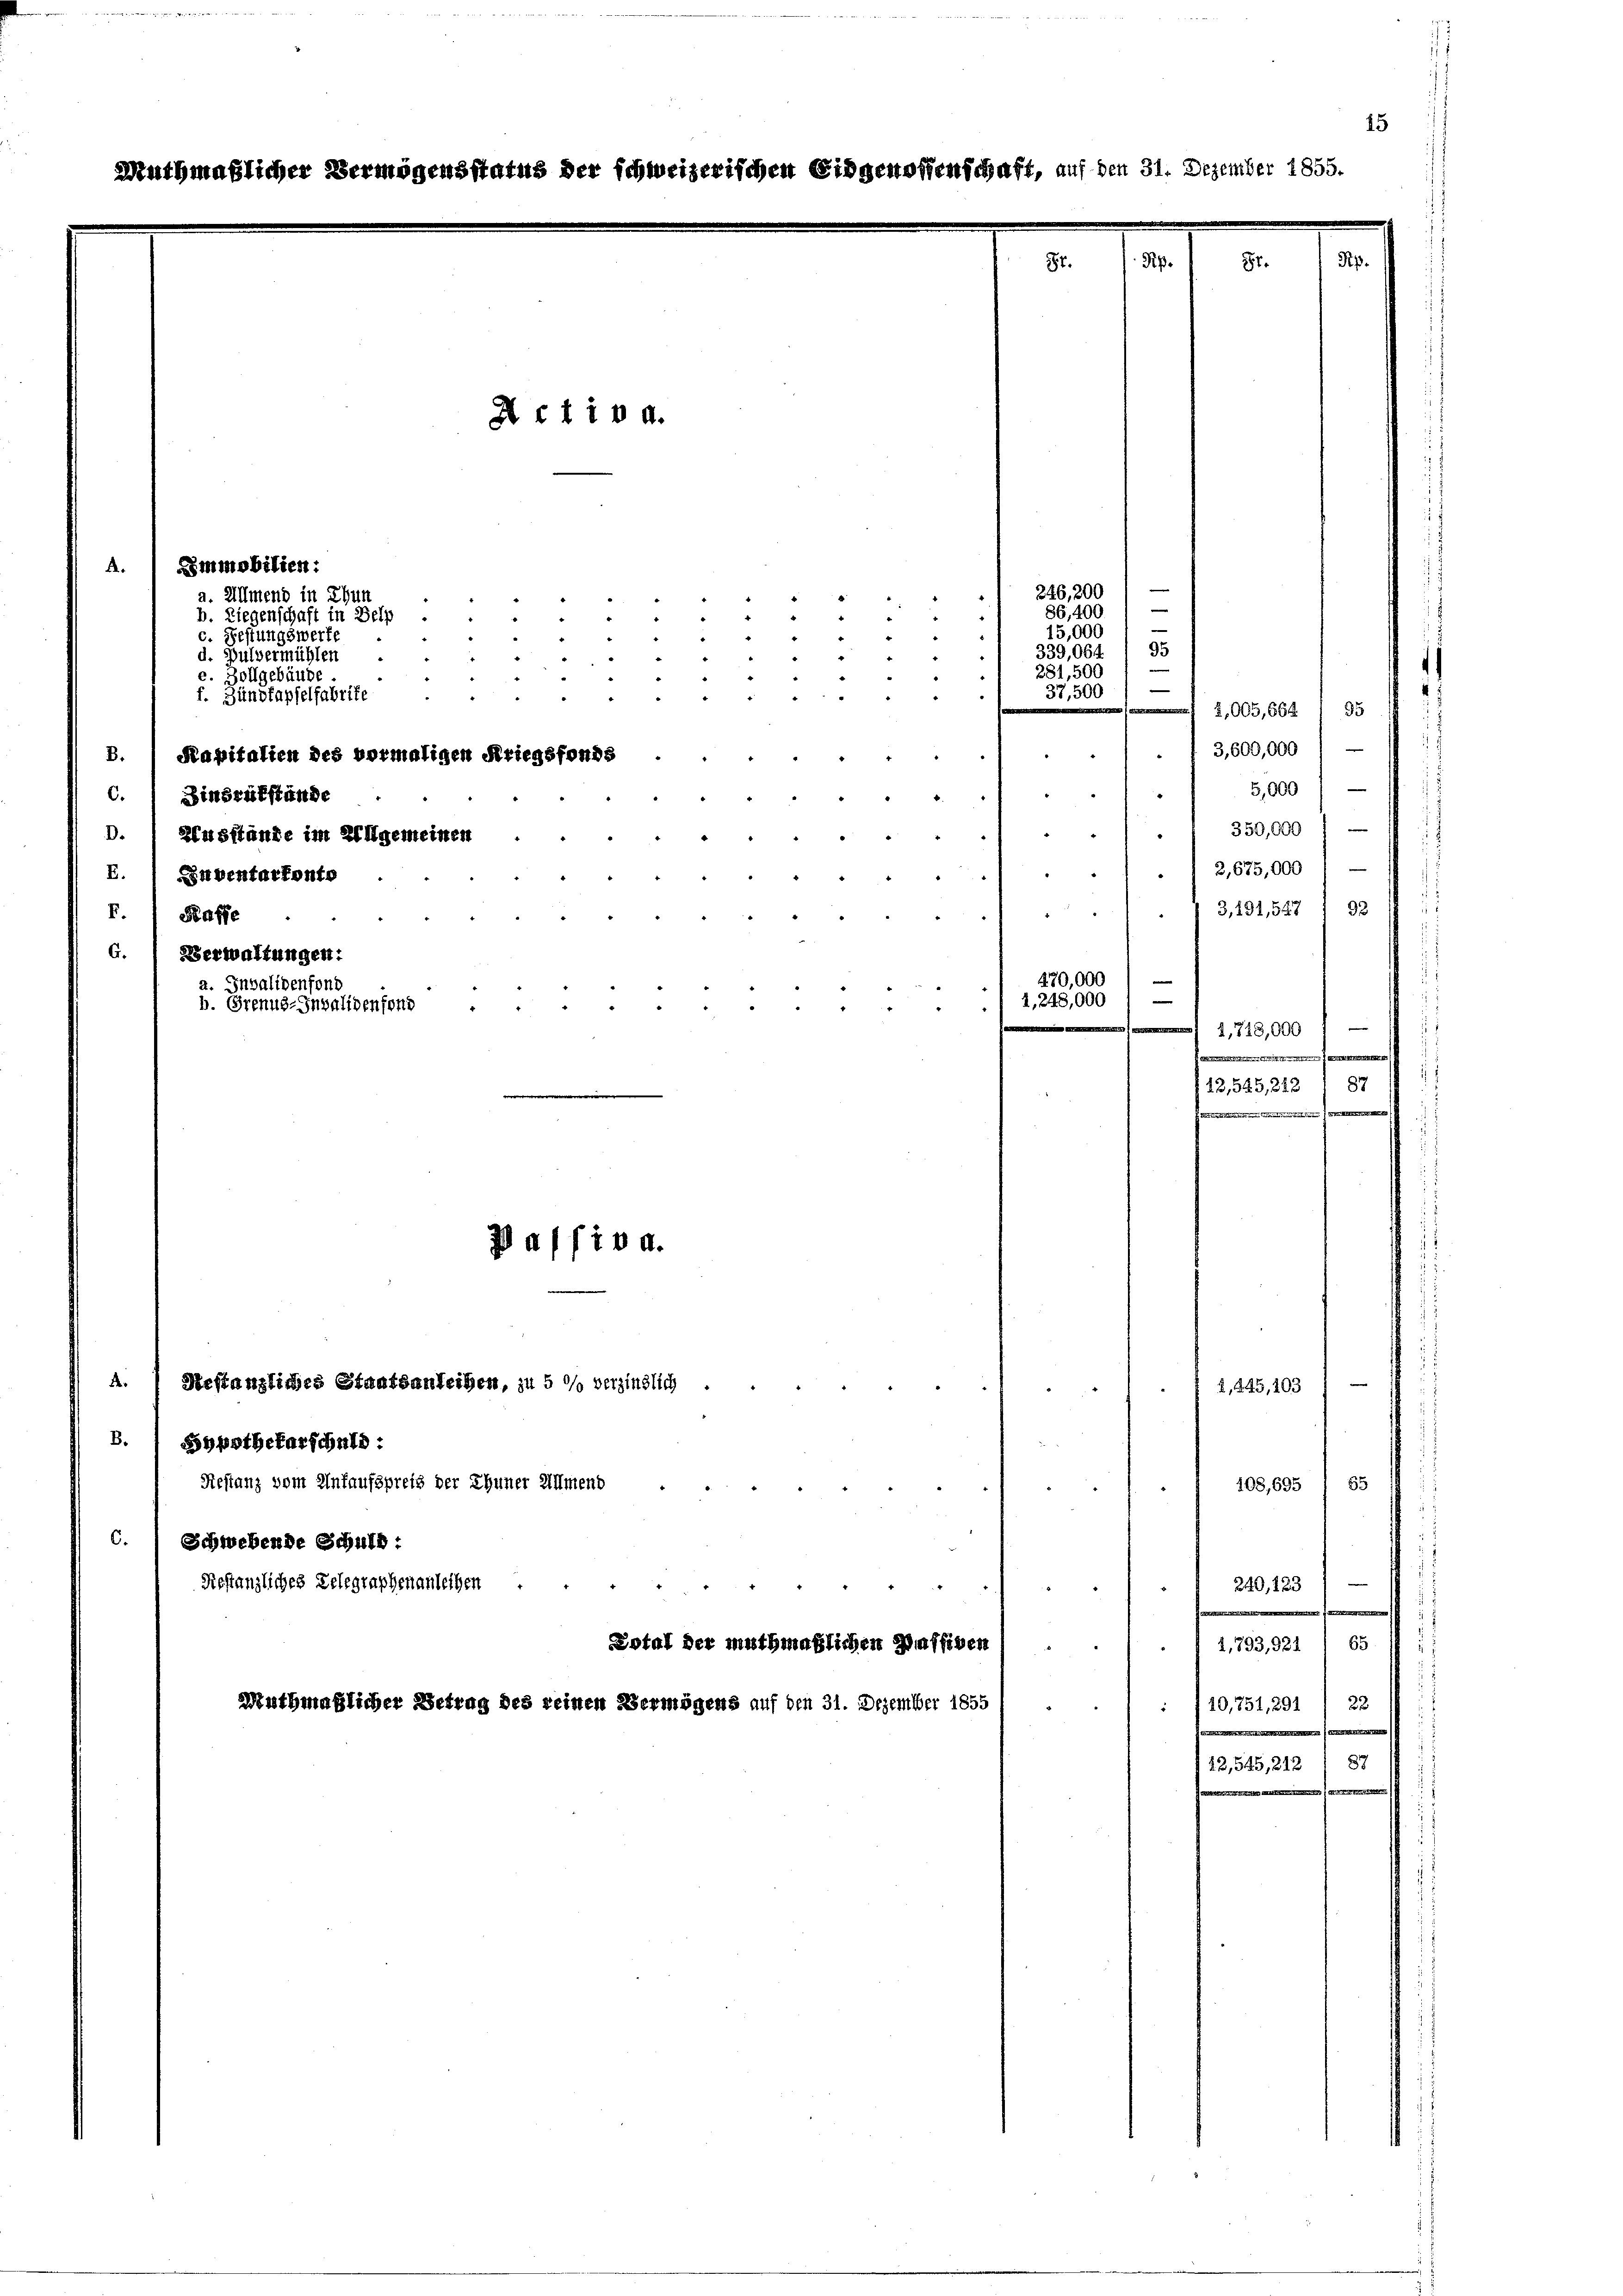
A.
E.) Daventartonte
F. Kaffe
G. Verwaltungen:

15
Nuthmaßlicher Vermögensstatus der schweizerischen Eidgenossenschaft, auf den 31. Dezember 1855.
Rp.
Rp.
St.
8t.
Activ a.

Simmobilien:
a. Allmend in Thun
b. Liegenschaft in Belp .
c. Festungswerfe
d. Pulvermühlen
e. Zollgebäude
f. Zündtapfelfabrife
B.) Kapitalien des vormaligen Kriegsfonds
C. Zinsrükstände

D. Ausstände im Allgemeinen

B

e
256,200
.
86,400
3
15,000

95
339,064
u
281,500
37,500
3755
2,005,664 1 95
/. 13,600,000 / —
2
5,000
d
350,000 f —
2
2 g 22
2,675,000 l —
2
3,191,547 92
2
470,000
nfond
1
Invalidenfond
.1248,009

2,728,000

112,545, 2121 87
 autreten der
Heeren
Ja//io a.
Restanzliches Staatsanleihen, zu 5 % verzinslich ..
2, 245, 203
Restanz vom Unfaufspreis der Chuner Allmend
108,695 / 55
e
Restanzliches Telegraphenanleihen
240, 223

Dotal der muthmaßlichen Haffigen
65
2,793, 921
uthmaßlicher Betrag des reinen Vermögens auf den 31. Dezember 1855
557
: 710,751,291
e

d
B.  Sppothekarschuld:
C. Schwebende Schuld:

12,545, 212 / 87